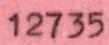
12735